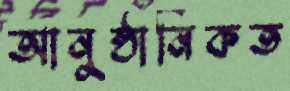
আনুষ্ঠানিকত